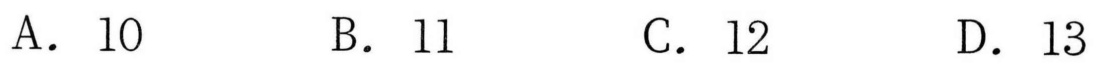
A. \(10\)  \(\quad\) B. \(11\)  \(\quad\) C. \(12\)  \(\quad\) D. \(13\)